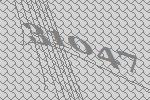
31047